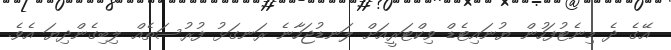
އޭގެ ދެ މިނެޓުފަހުން ޔުނައިޓެޑް ވިކްޓަރީއަށް ލަނޑުޖަހާނެ ރަނގަޅު ފުރުސަތެއް ލިބިގެންދިޔަ އެވެ.